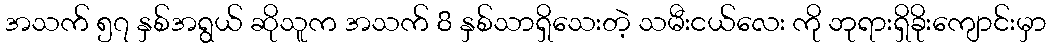
အသက် ၅၇ နှစ်အရွယ် ဆိုသူက အသက် 8 နှစ်သာရှိသေးတဲ့ သမီးငယ်လေး ကို ဘုရားရှိခိုးကျောင်းမှာ